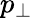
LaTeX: p_{\bot}